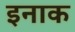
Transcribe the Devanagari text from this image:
इनाक